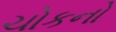
ચોકનો